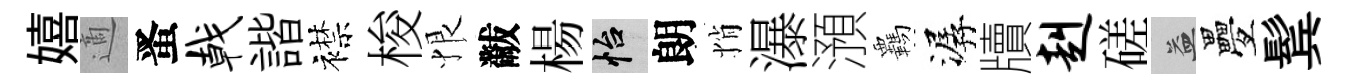
嬉適󱉠戟諧襟梭恨黻楊怡朗悄瀑澦覊潺牘赳磋益疊鬂